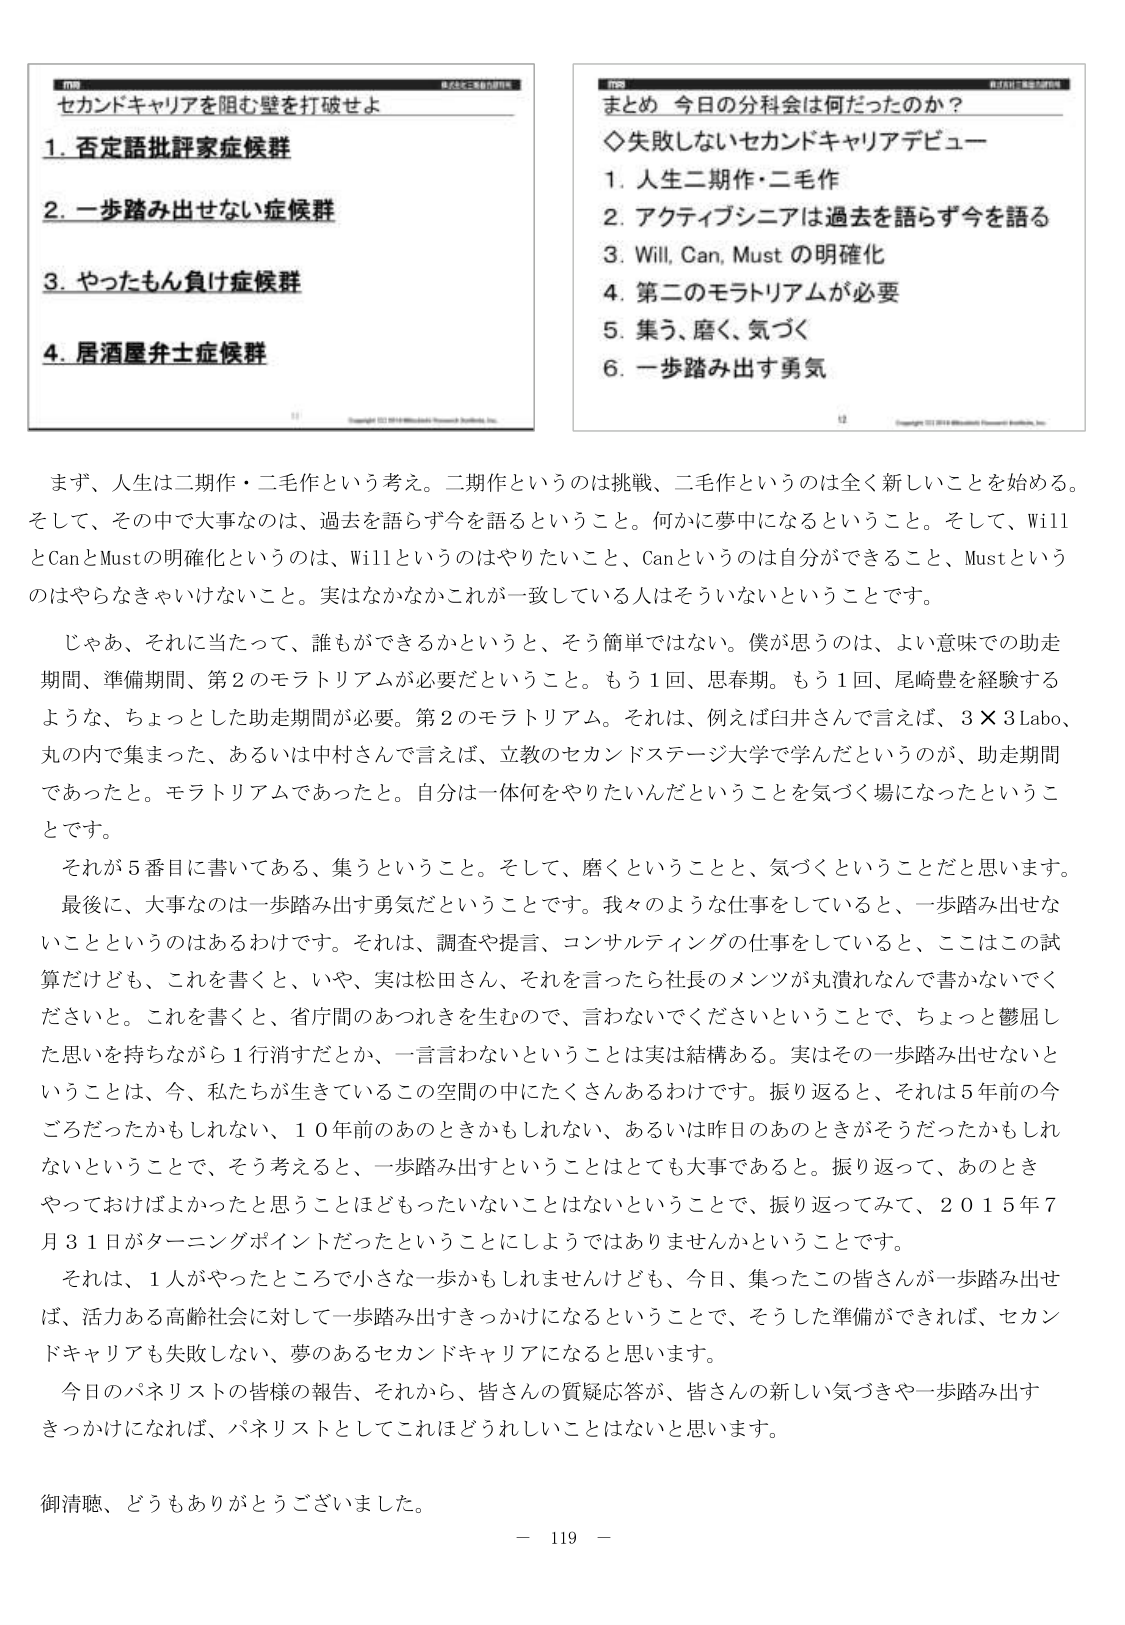
セカンドキャリアを阻む壁を打破せよ
1. 否定語批評家症候群
2. 一歩踏み出せない症候群
3. やったもん負け症候群
4. 居酒屋弁士症候群

まとめ 今日の分科会は何だったのか？
◇ 失敗しないセカンドキャリアデビュー
1. 人生二期作・二毛作
2. アクティブシニアは過去を語らず今を語る
3. Will, Can, Must の明確化
4. 第二のモラトリアムが必要
5. 集う、磨く、気づく
6. 一歩踏み出す勇気

まず、人生は二期作・二毛作という考え。二期作というのは挑戦、二毛作というのは全く新しいことを始める。そして、その中で大事なのは、過去を語らず今を語るということ。何かに夢中になるということ。そして、WillとCanとMustの明確化というのは、Willというのはやりたいこと、Canというのは自分ができること、Mustというのはやらなきゃいけないこと。実はなかなかこれが一致している人はそういないということです。

じゃあ、それに当たって、誰もができるかというと、そう簡単ではない。僕が思うのは、よい意味での助走期間、準備期間、第2のモラトリアムが必要だということ。もう1回、思春期。もう1回、尾崎豊を経験するような、ちょっとした助走期間が必要。第2のモラトリアム。それは、例えば臼井さんで言えば、3×3Labo、丸の内で集まった、あるいは中村さんで言えば、立教のセカンドステージ大学で学んだというのが、助走期間であったと。モラトリアムであったと。自分は一体何をやりたいんだということを気づく場になったということです。

それが5番目に書いてある、集うということ。そして、磨くということと、気づくということだと思います。

最後に、大事なのは一歩踏み出す勇気だということです。我々のような仕事をしていると、一歩踏み出せないことはというのはあるわけです。それは、調査や提言、コンサルティングの仕事をしていると、ここはこの試算だけども、これを書くと、いや、実は松田さん、それを言ったら社長のメンツが丸潰れなんで書かないでくださいと。これを書くと、省庁間のあつれきを生むので、言わないでくださいということで、ちょっと鬱屈した思いを持ちながら1行消すだとか、一言言わないということは実は結構ある。実はその一歩踏み出せないということは、今、私たちが生きているこの空間の中にたくさんあるわけです。振り返ると、それは5年前の今ごろだったかもしれない、10年前のあのときかもしれない、あるいは昨日のあのときがそうだったかもしれないということで、そう考えると、一歩踏み出すということはとても大事であると。振り返って、あのときやっておけばよかったと思うことはほどもったいないことはないということで、振り返ってみて、2015年7月31日がターニングポイントだったということにしようではありませんかということです。

それは、1人がやったところで小さな一歩かもしれませんが、今日、集ったこの皆さんが一歩踏み出せば、活力ある高齢社会に対して一歩踏み出すきっかけになるということで、そうした準備ができれば、セカンドキャリアも失敗しない、夢のあるセカンドキャリアになると思います。

今日のパネリストの皆様の報告、それから、皆さんの質疑応答が、皆さんの新しい気づきや一歩踏み出すきっかけになれば、パネリストとしてこれほどうれしいことはないと思います。

御清聴、どうもありがとうございました。

－ 119 －